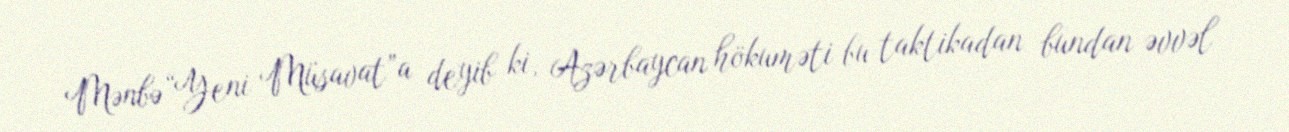
Mənbə “Yeni Müsavat”a deyib ki, Azərbaycan hökuməti bu taktikadan bundan əvvəl